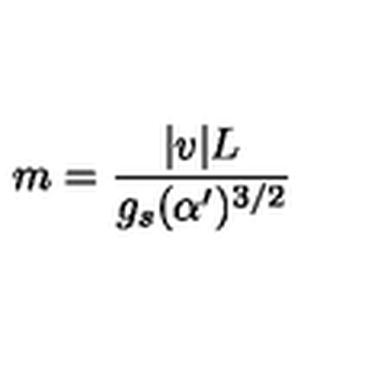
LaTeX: m = \frac { | v | L } { g _ { s } ( \alpha ^ { \prime } ) ^ { 3 / 2 } }